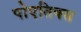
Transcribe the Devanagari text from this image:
पोएतिक्स